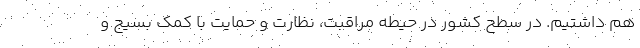
هم داشتیم. در سطح کشور در حیطه مراقبت، نظارت و حمایت با کمک بسیج و